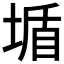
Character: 𡎆